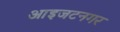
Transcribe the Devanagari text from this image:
आइजटनगर